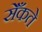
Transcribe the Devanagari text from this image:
सेँकते